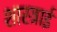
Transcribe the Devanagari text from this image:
शास्त्राई